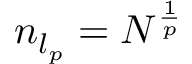
n _ { l _ { p } } = N ^ { \frac { 1 } { p } }